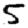
Digit: 5